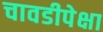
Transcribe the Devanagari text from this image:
चावडीपेक्षा